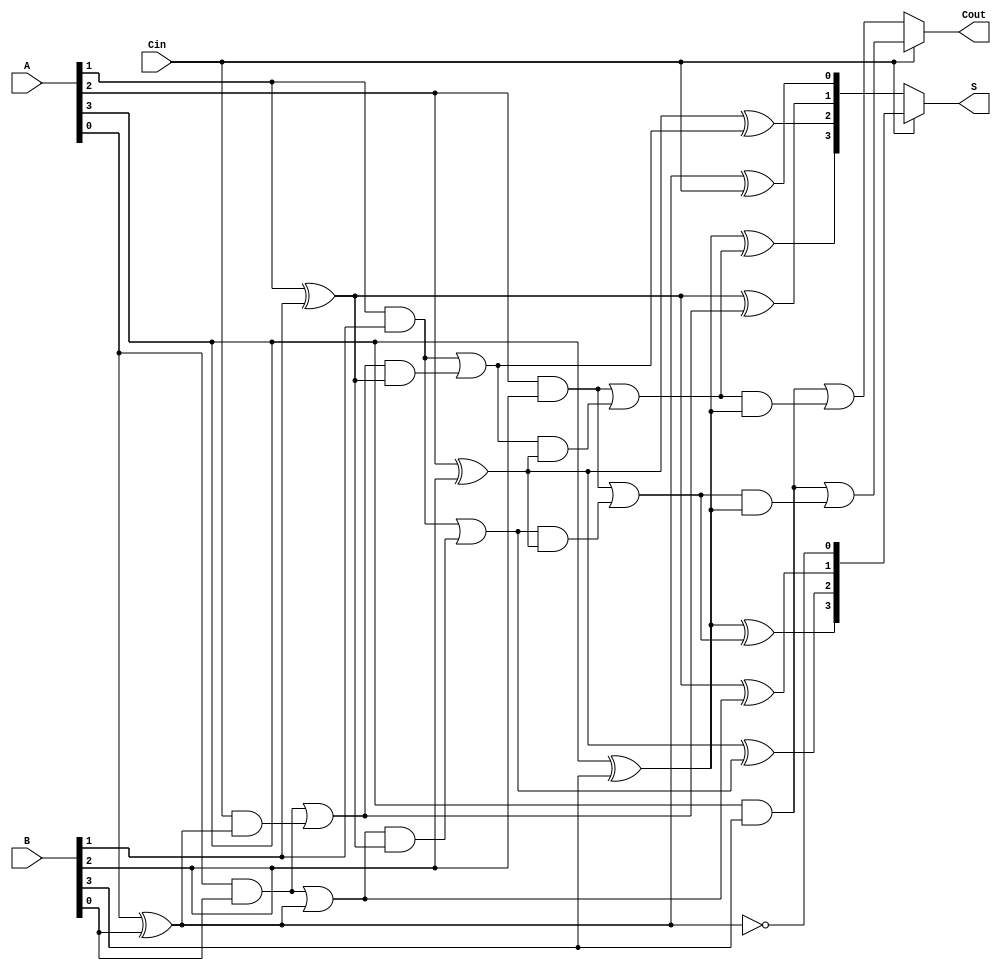
module ConditionalSumAdder #(parameter N = 4) (
    input  [N-1:0] A,      // First n-bit input
    input  [N-1:0] B,      // Second n-bit input
    input  Cin,            // Carry-in
    output [N-1:0] S,      // n-bit sum output
    output Cout            // Carry-out
);

    wire [N-1:0] S0, S1;   // Partial sums
    wire [N:0] C0, C1;     // Carry outputs

    // Generate partial sums and carry outputs
    genvar i;
    generate
        for (i = 0; i < N; i = i + 1) begin : CSA_bit
            // Sum when Cin = 0
            assign S0[i] = A[i] ^ B[i] ^ C0[i];
            // Sum when Cin = 1
            assign S1[i] = A[i] ^ B[i] ^ C1[i];
            
            // Carry generation
            assign C0[i+1] = (A[i] & B[i]) | (C0[i] & (A[i] ^ B[i]));
            assign C1[i+1] = (A[i] & B[i]) | (C1[i] & (A[i] ^ B[i]));
        end
    endgenerate

    // Assign initial carry
    assign C0[0] = Cin; // Carry-in for C0
    assign C1[0] = 1'b1; // Carry-in for C1 is always 1

    // Mux to select the final sum based on Cin
    assign S = (Cin) ? S1 : S0;

    // Final carry-out
    assign Cout = (Cin) ? C1[N] : C0[N];

endmodule